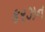
કરઝન